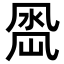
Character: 𭂵